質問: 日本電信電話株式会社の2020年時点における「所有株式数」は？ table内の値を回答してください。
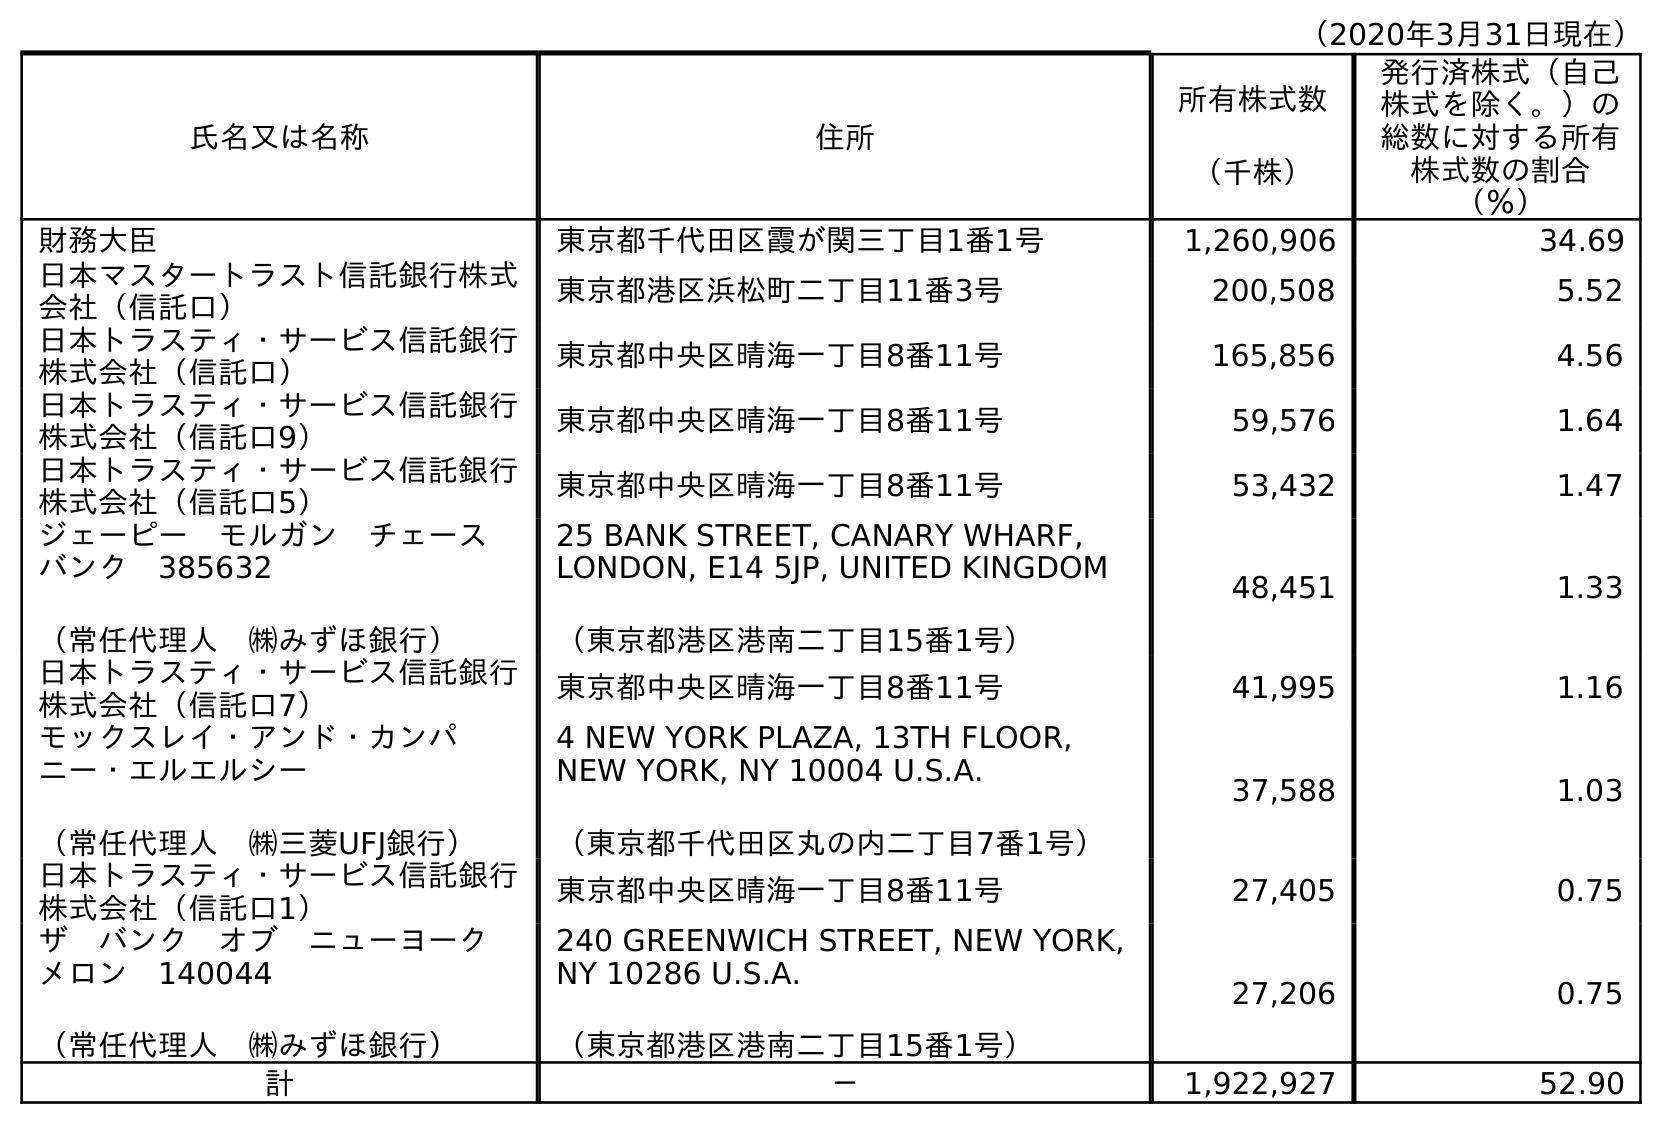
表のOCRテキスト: （2020年3月31日現在） 氏名又は名称 住所 所有株式数 （千株） 発行済株式（自己 株式を除く。）の 総数に対する所有 株式数の割合 （％） 財務大臣 東京都千代田区霞が関三丁目1番1号 1,260,906 34.69 日本マスタートラスト信託銀行株式 会社（信託口） 東京都港区浜松町二丁目11番3号 200,508 5.52 日本トラスティ・サービス信託銀行 株式会社（信託口） 東京都中央区晴海一丁目8番11号 165,856 4.56 日本トラスティ・サービス信託銀行 株式会社（信託口9） 東京都中央区晴海一丁目8番11号 59,576 1.64 日本トラスティ・サービス信託銀行 株式会社（信託口5） 東京都中央区晴海一丁目8番11号 53,432 1.47 ジェーピー モルガン チェース  バンク 385632 （常任代理人 ㈱みずほ銀行） 25 BANK STREET, CANARY WHARF, LONDON, E14 5JP, UNITED KINGDOM （東京都港区港南二丁目15番1号） 48,451 1.33 日本トラスティ・サービス信託銀行 株式会社（信託口7） 東京都中央区晴海一丁目8番11号 41,995 1.16 モックスレイ・アンド・カンパ ニー・エルエルシー （常任代理人 ㈱三菱UFJ銀行） 4 NEW YORK PLAZA, 13TH FLOOR, NEW YORK, NY 10004 U.S.A. （東京都千代田区丸の内二丁目7番1号） 37,588 1.03 日本トラスティ・サービス信託銀行 株式会社（信託口1） 東京都中央区晴海一丁目8番11号 27,405 0.75 ザ バンク オブ ニューヨーク  メロン 140044 （常任代理人 ㈱みずほ銀行） 240 GREENWICH STREET, NEW YORK, NY 10286 U.S.A. （東京都港区港南二丁目15番1号） 27,206 0.75 計 － 1,922,927 52.90
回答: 1,922,927